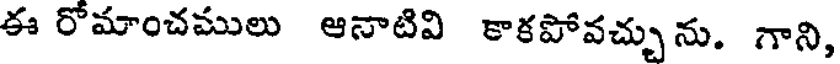
ఈ రోమాంచములు ఆనాటివి కాకపోవచ్చును. గాని,